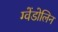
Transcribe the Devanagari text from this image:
ग्वेंडोलिन